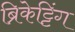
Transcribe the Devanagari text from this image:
ब्रिकेट्टिंग